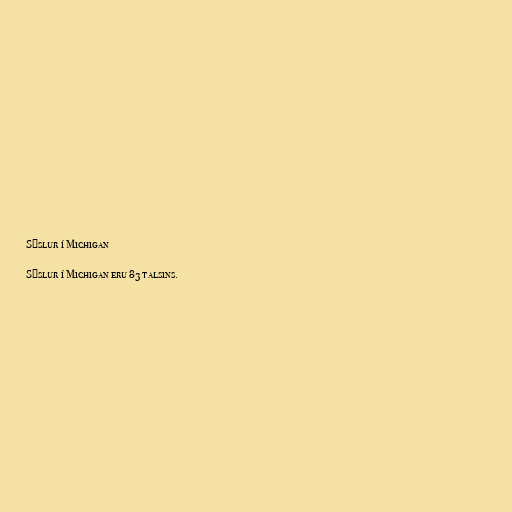
Sýslur í Michigan

Sýslur í Michigan eru 83 talsins.